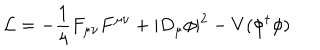
{ \mathcal L } = - \frac { 1 } { 4 } F _ { \mu \nu } F ^ { \mu \nu } + \vert D _ { \mu } \phi \vert ^ { 2 } - V ( \phi ^ { \dagger } \phi )